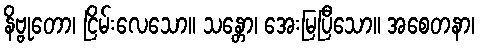
နိဗ္ဗုတော၊ ငြိမ်းလေသော။ သန္တော၊ အေးမြပြီသော။ အစေတနာ၊